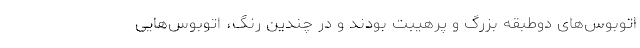
اتوبوس‌های دوطبقه بزرگ و پرهیبت بودند و در چندین رنگ، اتوبوس‌هایی